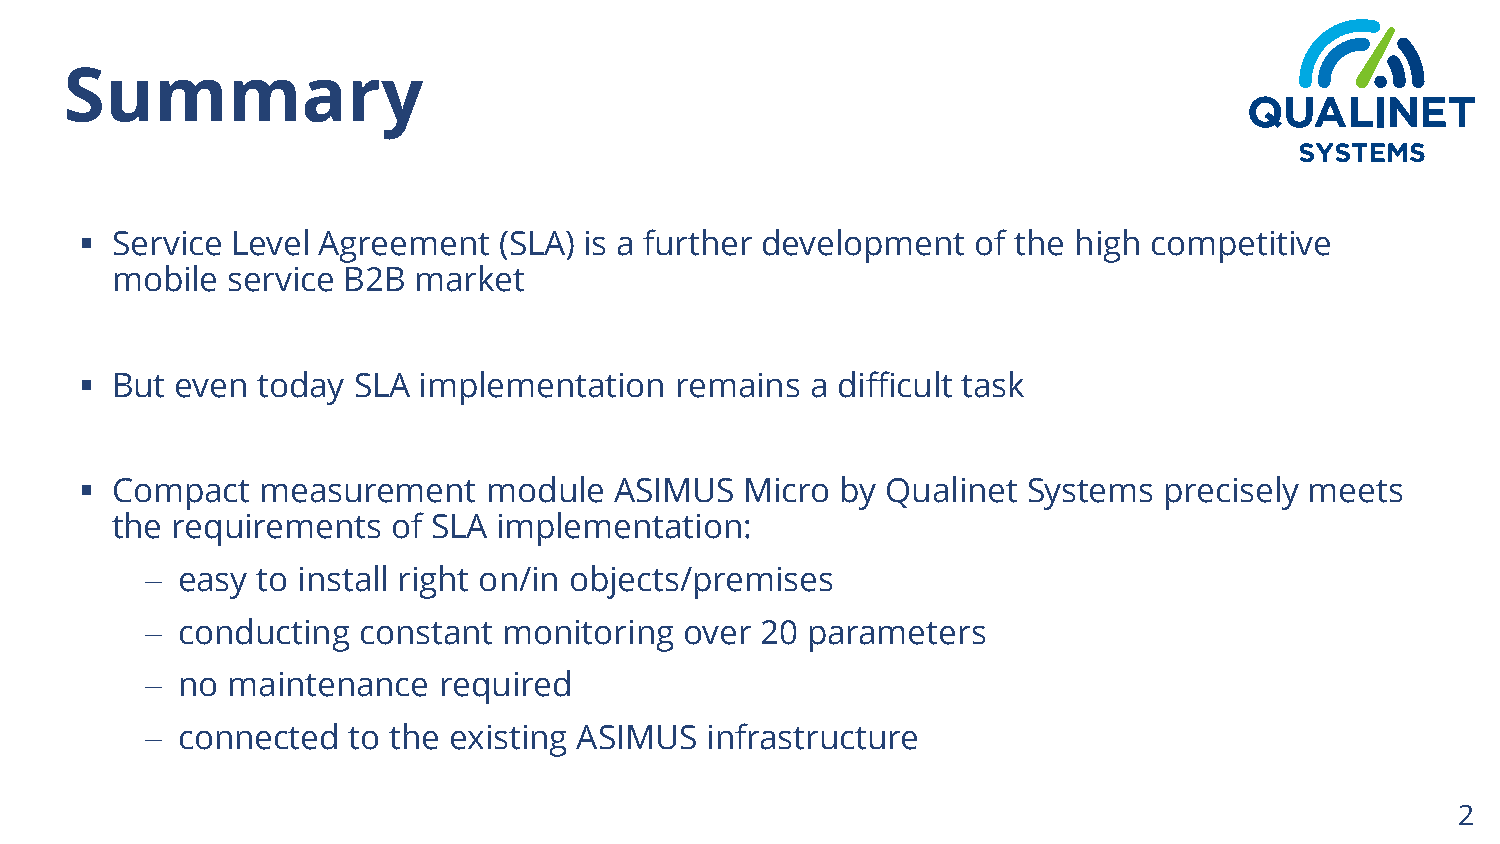
Summary
  Service Level Agreement   (SLA) is a further development  of the high competitive
 mobile  service B2B market
  But  even today SLA  implementation   remains  a difficult task
  Compact   measurement    module   ASIMUS  Micro  by Qualinet Systems  precisely meets
 the requirements   of SLA implementation:
  easy to install right on/in objects/premises
  conducting  constant monitoring  over 20 parameters
  no maintenance   required
  connected  to the existing ASIMUS  infrastructure
 2